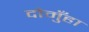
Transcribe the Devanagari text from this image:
दोमुँहा